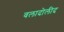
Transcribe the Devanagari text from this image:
वलादोलीद